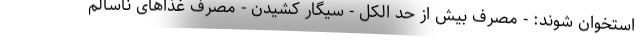
استخوان شوند: - مصرف بیش از حد الکل - سیگار کشیدن - مصرف غذاهای ناسالم